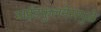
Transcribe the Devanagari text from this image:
माईंडफुलनेसमुळे